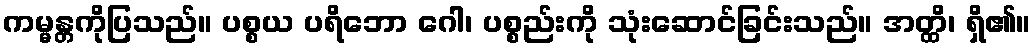
ကမ္မန္တကိုပြသည်။ ပစ္စယ ပရိဘော ဂေါ၊ ပစ္စည်းကို သုံးဆောင်ခြင်းသည်။ အတ္ထိ၊ ရှိ၏။